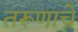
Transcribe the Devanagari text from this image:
तरूणाचे